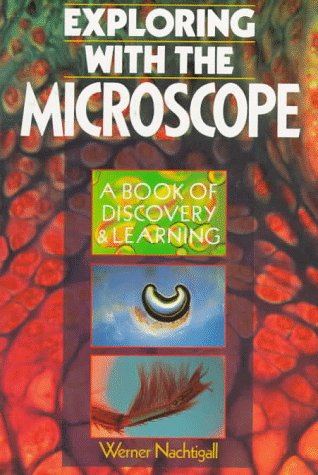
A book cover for Exploring with the Microscope (A Book of Discovery & Learning); Werner Nachtigall; Science & Math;